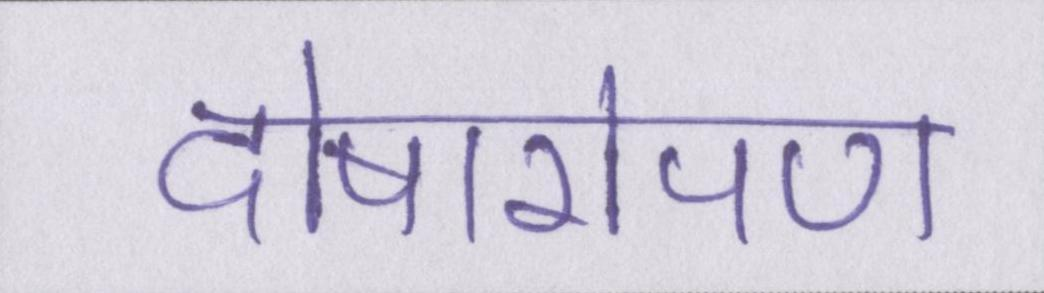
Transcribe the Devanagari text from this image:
दोषारोपण